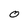
Character: O